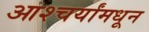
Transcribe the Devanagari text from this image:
आश्चर्यांमधून